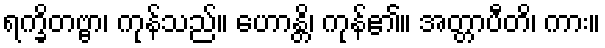
ရက္ခိတဗ္ဗာ၊ ကုန်သည်။ ဟောန္တိ၊ ကုန်၏။ အတ္တာပီတိ၊ ကား။